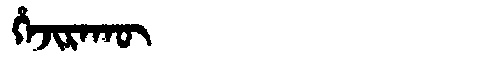
Manchu: ᡥᡝᠵᡳᡵᠠᡴᡡ
Romanization: HEJIRAKŪ